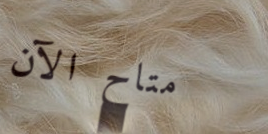
متاح الآن